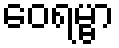
ဝေရမ္ဗာ